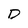
Character: D